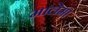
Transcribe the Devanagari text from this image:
मालेमा